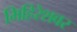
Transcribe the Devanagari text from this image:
मिहिरेशवर